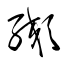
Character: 纐